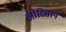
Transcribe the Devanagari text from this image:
ओरिसाने